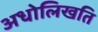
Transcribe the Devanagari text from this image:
अधोलिखति